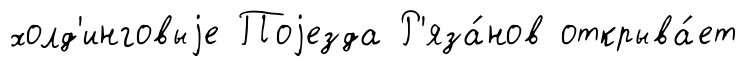
холд'инговыjе Поjезда Р'яза́нов открыва́ет